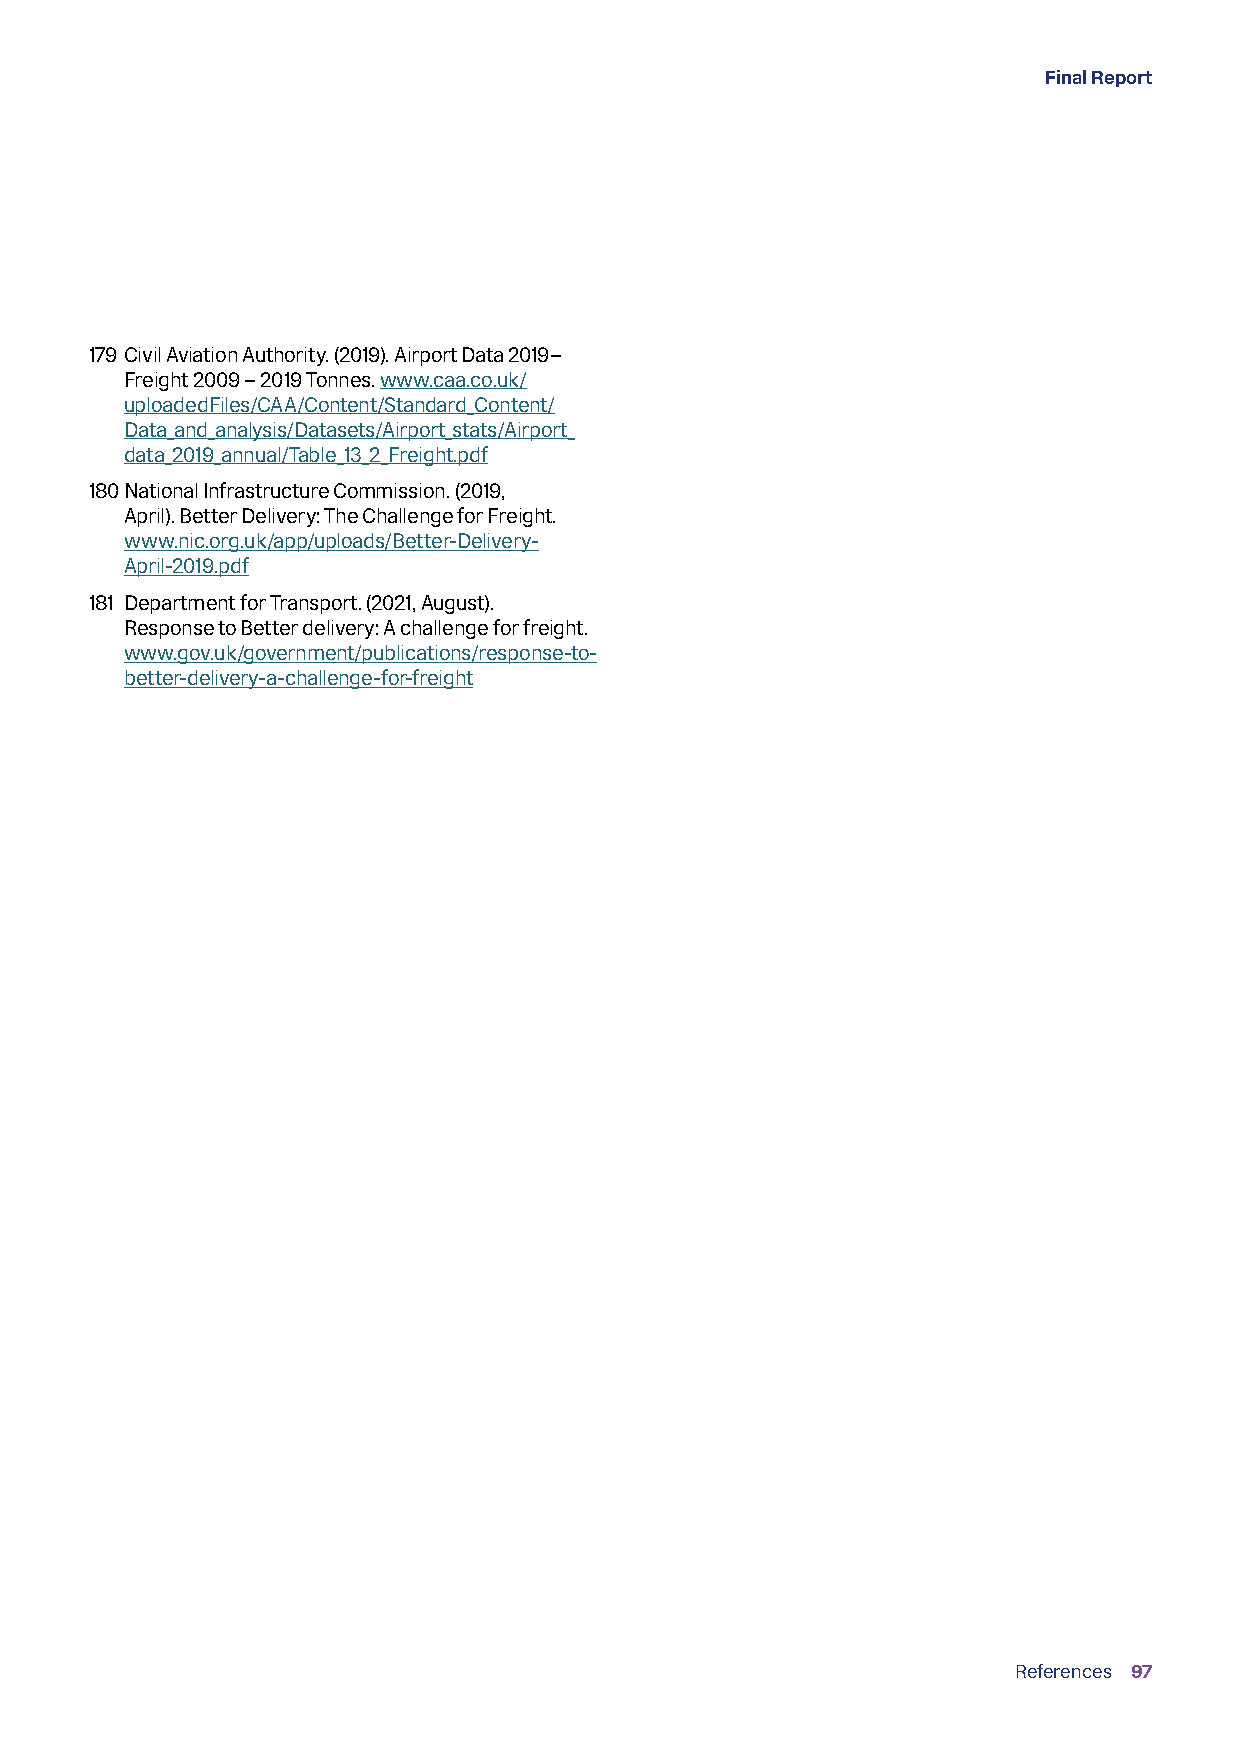
Final Report
 179 Civil Aviation Authority. (2019). Airport Data 2019–
 Freight 2009 – 2019 Tonnes. www.caa.co.uk/
 uploadedFiles/CAA/Content/Standard_Content/
 Data_and_analysis/Datasets/Airport_stats/Airport_
 data_2019_annual/Table_13_2_Freight.pdf
 180 National Infrastructure Commission. (2019,
 April). Better Delivery: The Challenge for Freight.
 www.nic.org.uk/app/uploads/Better-Delivery-
 April-2019.pdf
 181 Department for Transport. (2021, August).
 Response to Better delivery: A challenge for freight.
 www.gov.uk/government/publications/response-to-
 better-delivery-a-challenge-for-freight
 References 97